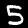
Label: 5